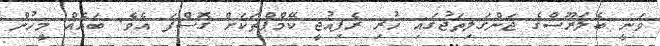
ވަނީ ބެލަރޫސްގެ ޖަންގަލިތަޖުގައި ހުރި ރެފިއުޖީ ކޭމްޕްތަކަށް ގޮސްފަ އެވެ. ބައެއް މީހުން